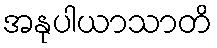
အနုပါယာသာတိ